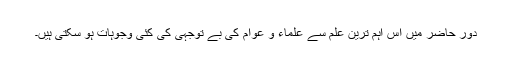
دور حاضر میں اس اہم ترین علم سے علماء و عوام کی بے توجہی کی کئی وجوہات ہو سکتی ہیں۔